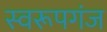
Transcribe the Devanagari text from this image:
स्वरूपगंज